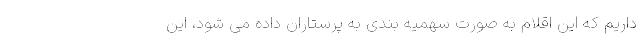
داریم که این اقلام به صورت سهمیه بندی به پرستاران داده می شود، این